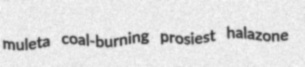
muleta coal-burning prosiest halazone